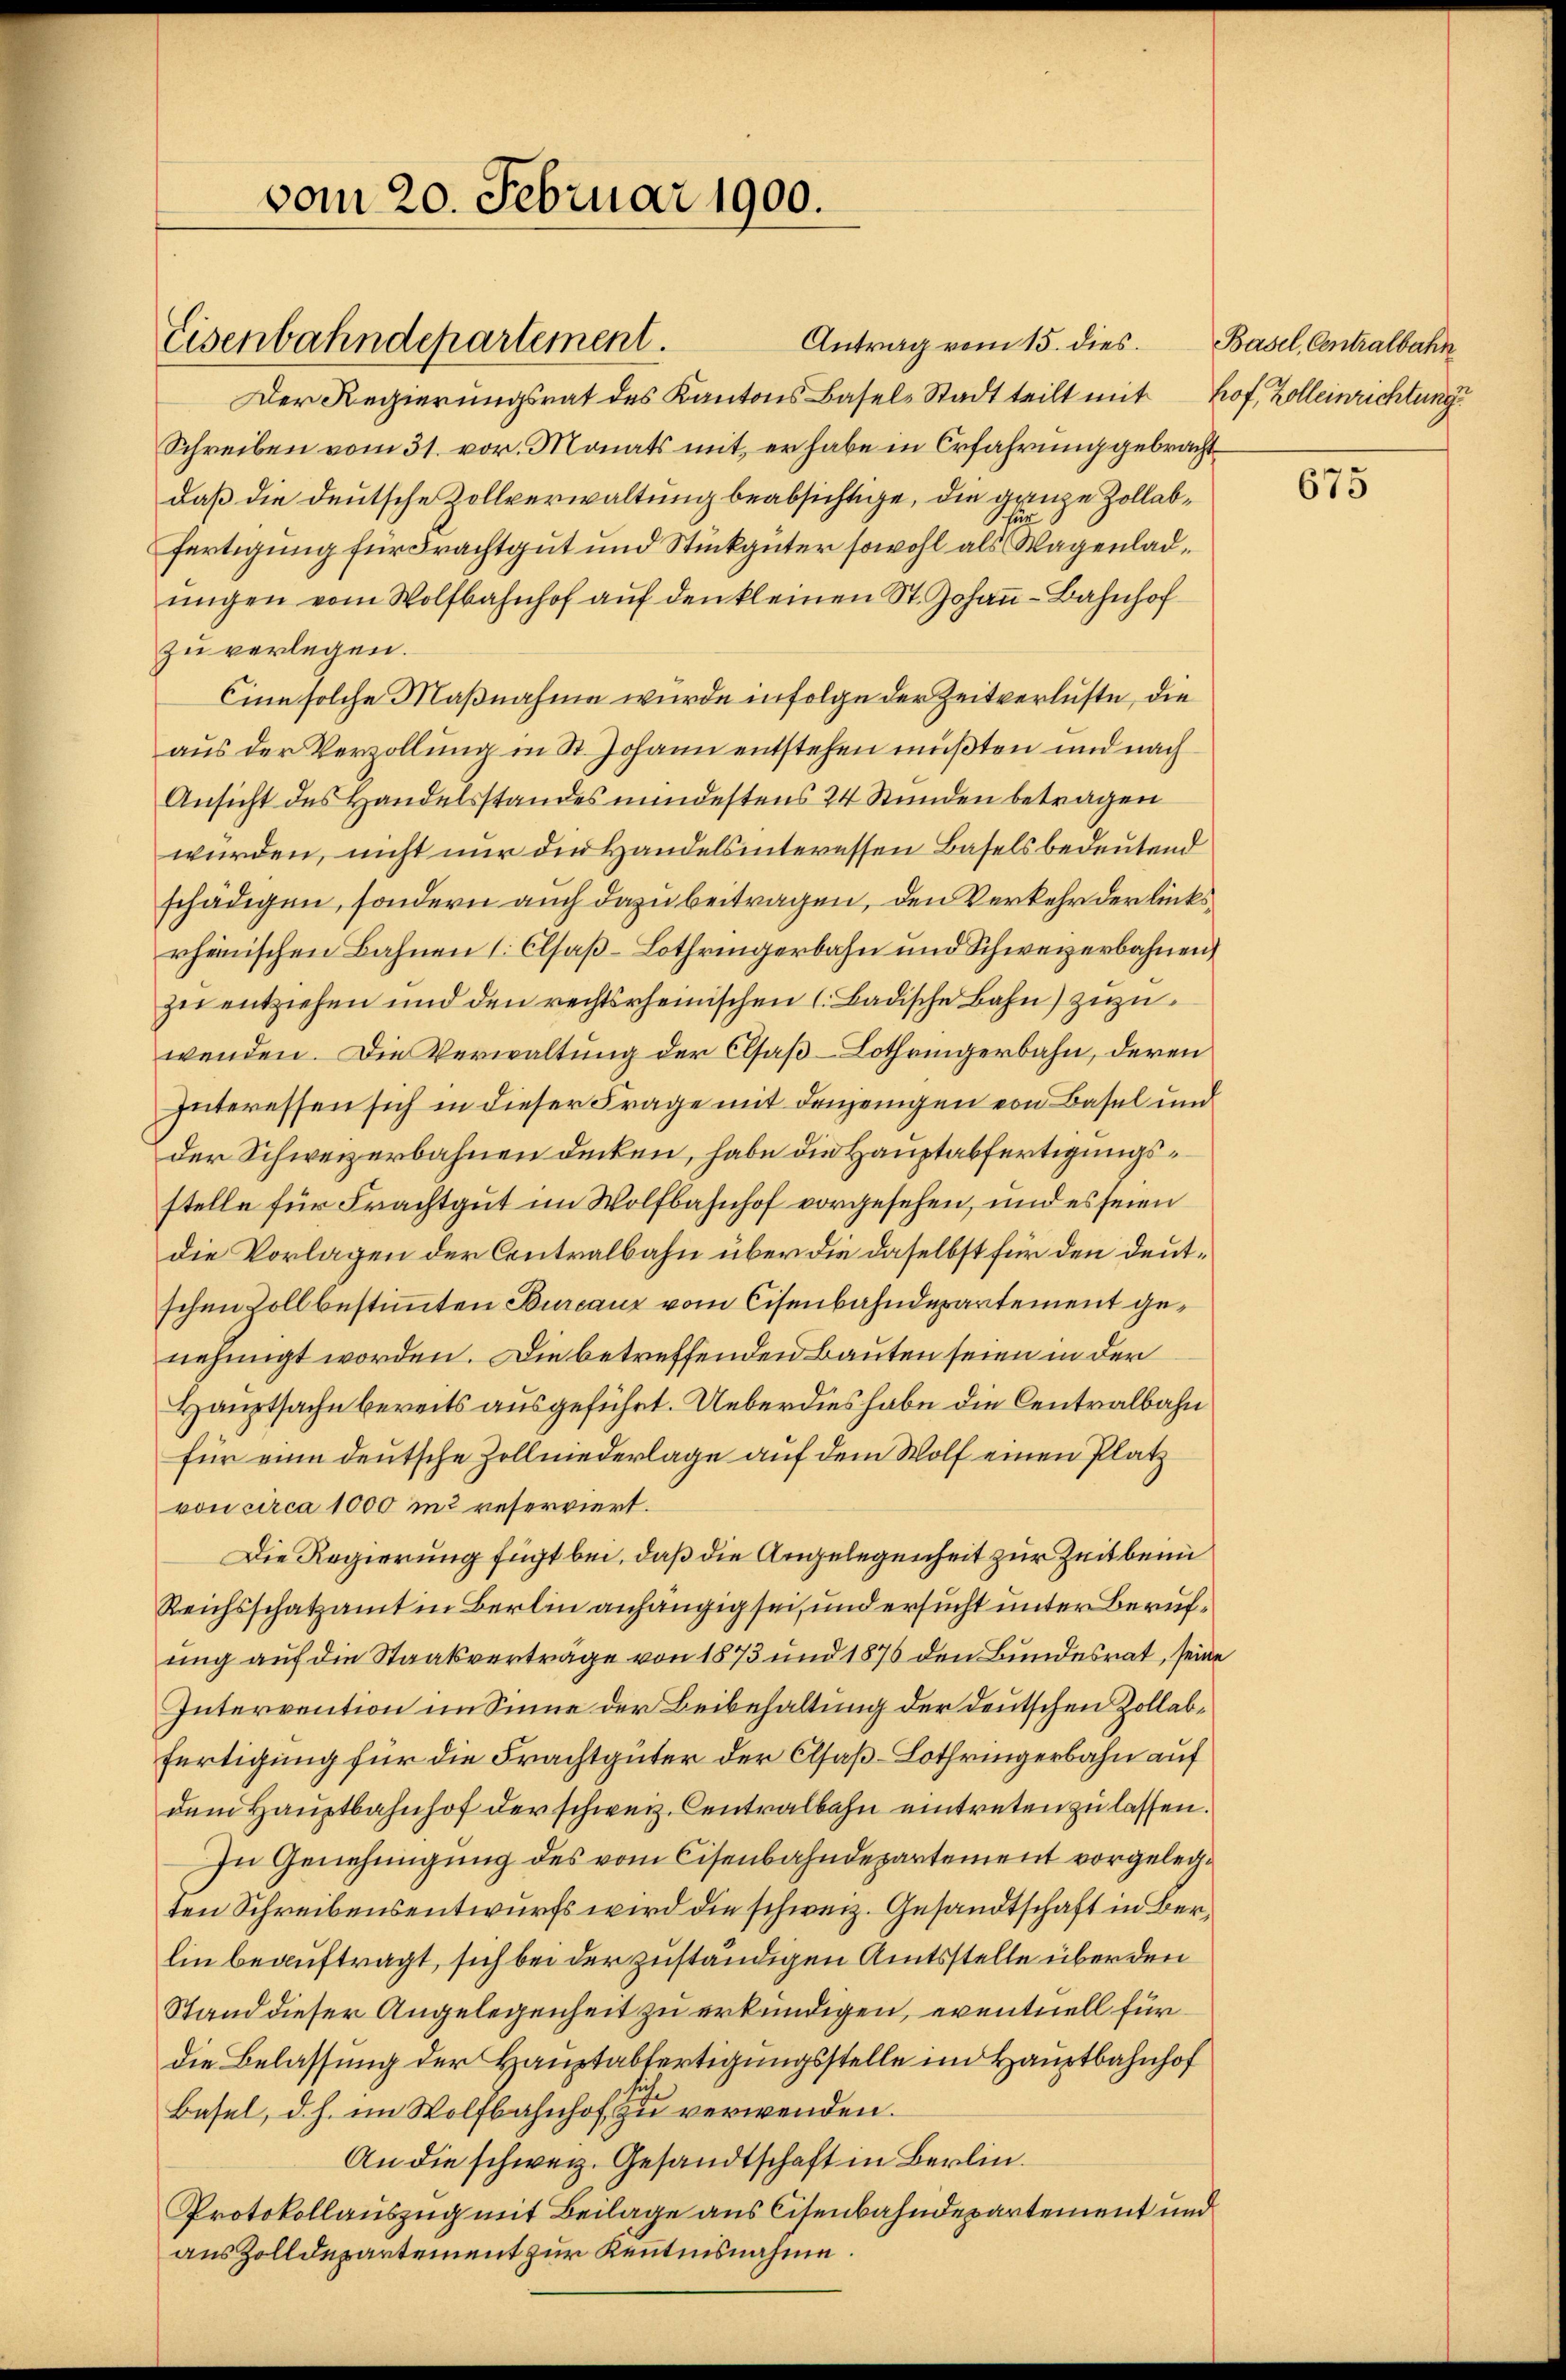
vom 20. Februar 1900.

Eisenbahndepartement.

Antrag vom 15. dies.
Der Regierungsrat des Kantons Basel-Stadt teilt mit hof, Zolleinrichtung
Schreiben vom 31. vor. Monats mit, er habe in Erfahrung gebracht
daß die deutsche Zollverwaltung beabsichtige, die ganze Zollabfertigung für Frachtgut und Stückgüter sowohl als Wagenladŭngen vom Wolfbahnhof aŭf den kleinen St. Johaṅ-Bahnhof
zu verlegen.
Cine solche Maßnahme wurde infolge der Zeitverluste, die
aus der Verzollung in St. Johann entstehen mußten und nach
Ansicht des Handelsstandes mindestens 24 Stunden betragen
würden, nicht nur die Handelsinteressen Basels bedeutend
schädigen, sondern auch dazu beitragen, den Verkehr der linksrheinischen Bahnen 1. Elsaß-Lothringerbahn und Schweizerbahnen
zer entziehen und den rechtsrheinischen s. Badische Bahn) zuzuwenden. Die Verwaltung der Elsaß-Lothringerbahn, deren
Interessen sich in dieser Frage mit denjenigen von Basel und
der Schweizerbahnen decken, habe die Hauptabfertigungsstelle für Frachtgut im Wolfbahnhof vorgesehen, und es seien
die Vorlagen der Centralbahn über die daselbst für den deutschen Zoll bestimmten Burcauz vom Cisenbahndepartement genehmigt worden. Die betreffenden Bauten seien in der
Hauptsache bereits ausgeführt. Ueberdies habe die Centralbahn
für eine deutsche Zollniederlage auf dem Wolf einen Platz
von circa 1000 m2 reserviert.
Die Regierung fügt bei, daß die Angelegenheit zur Zeit beim
Reichsschatzamt in Berlin anhängig sei, und ersucht unter Berufung auf die Staatsverträge von 1873 und 1876 den Bundesrat, seine
Intervention im Sinne der Beibehaltung der deutschen Zollabfertigung für die Frachtgüter der Elsaß-Lothringerbahn auf
dem Haŭptbahnhof der schweiz. Centralbahn eintreten zu lassen.
In Genehmigung des vom Cisenbahndepartement vorgelegt
ten Schreibensentwurfs wird die schweiz. Gesandtschaft in Berlin beauftragt, sich bei der zuständigen Amtsstelle über den
Stand dieser Angelegenheit zu erkündigen, eventuell für
die Belassung der Hauptabfertigungsstelle im Hauptbahnhof
Basel, d. h. im Wolfbahnhof zu verwenden.
An die schweiz. Gesandtschaft in Berlin.
Protokollauszug mit Beilage aus Cisenbahndepartement und
aus Zolldepartement zur Kenntnisnahme.

Basel, Centralbahn

675